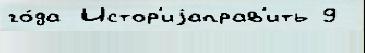
го́да Истор'иjаправ'ить 9